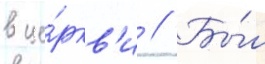
в це́ркв'и // Бы́л